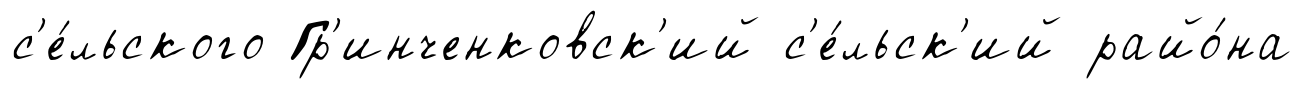
с'е́льского Гр'инченковск'ий с'е́льск'ий райо́на